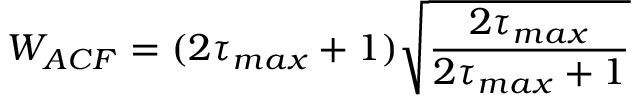
W _ { A C F } = ( 2 \tau _ { m a x } + 1 ) \sqrt { \frac { 2 \tau _ { m a x } } { 2 \tau _ { m a x } + 1 } }